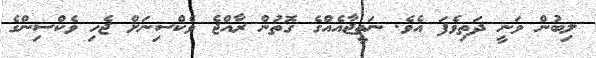
ލިބުން ވަނީ ދަތިވެފަ އެވެ. ނަތީޖާއެއްގެ ގޮތުން ރާއްޖެ ވެކްސިނަށް ޖެހި ވެކްސިންގެ